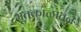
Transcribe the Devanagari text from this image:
भूतकाळातून